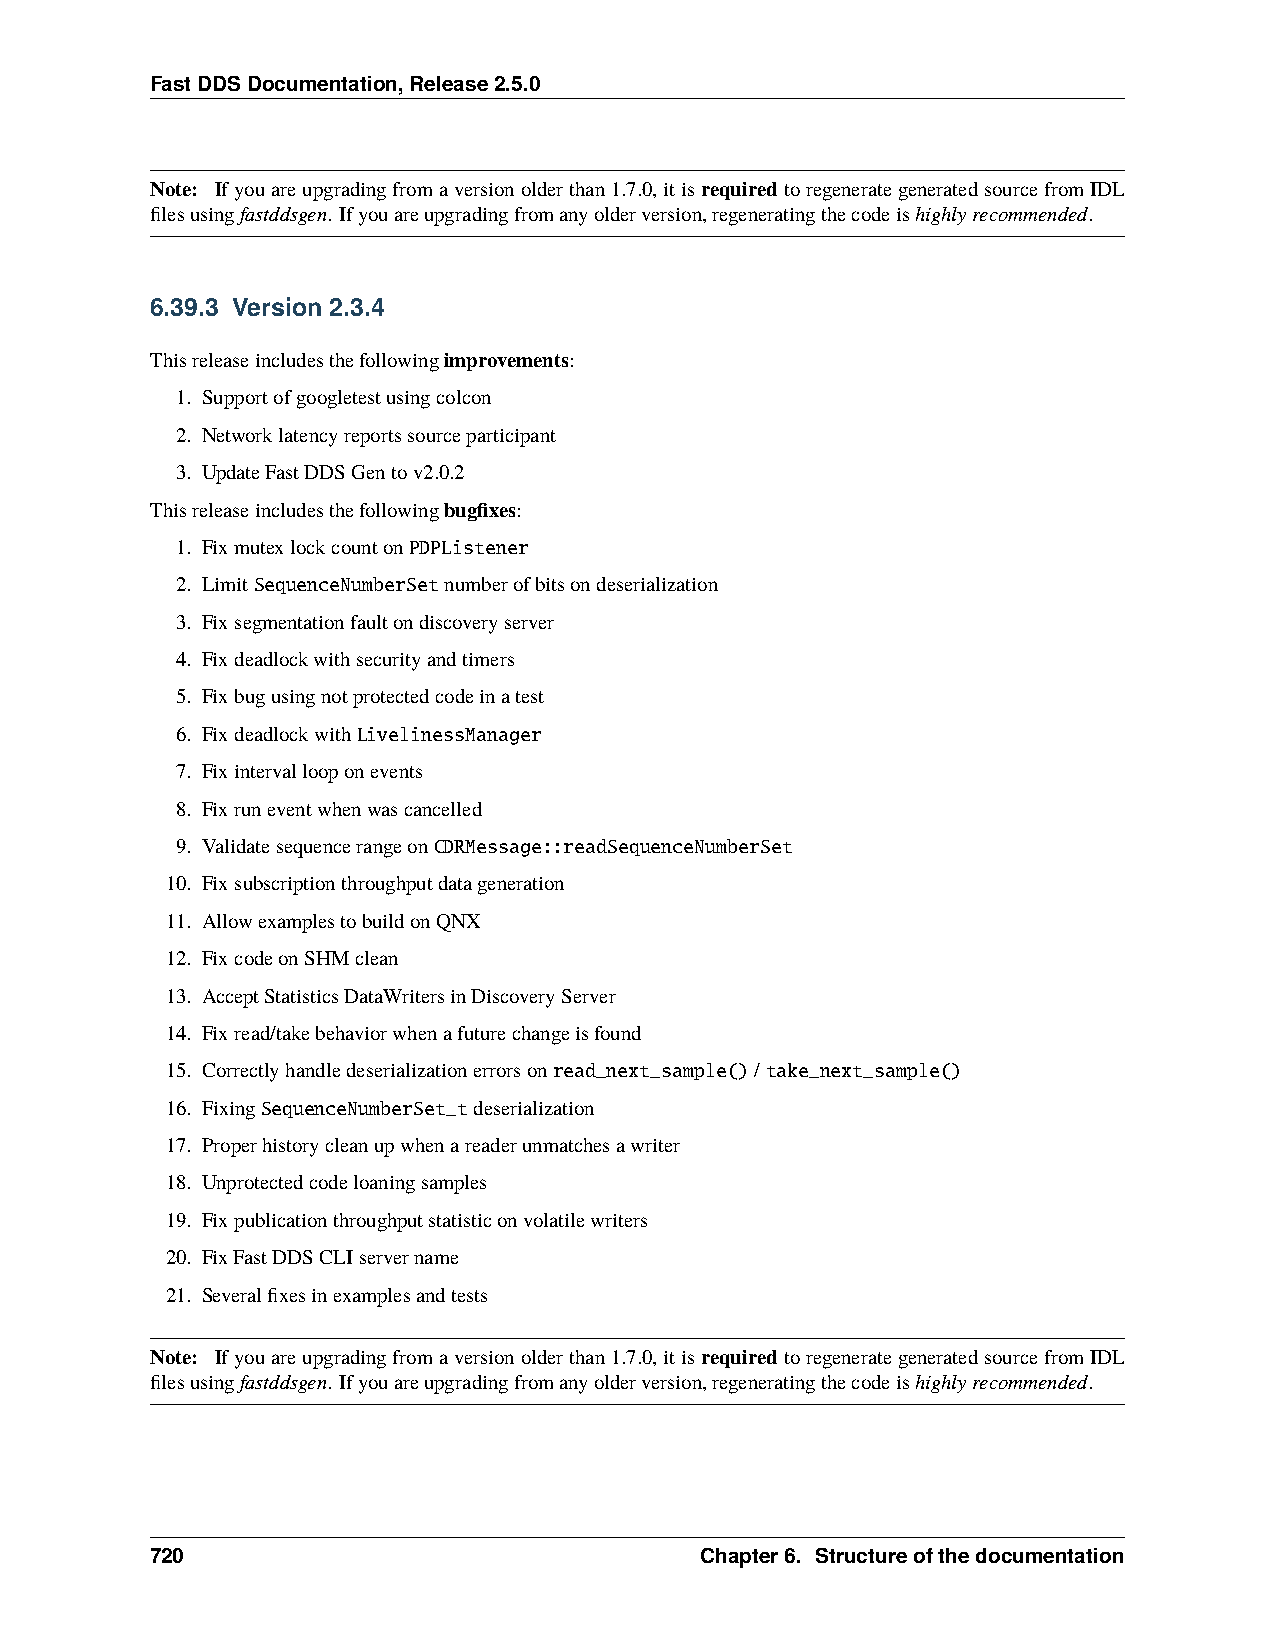
FastDDSDocumentation,Release2.5.0
 Note: Ifyouareupgradingfromaversionolderthan1.7.0,itisrequiredtoregenerategeneratedsourcefromIDL
 filesusingfastddsgen. Ifyouareupgradingfromanyolderversion,regeneratingthecodeishighlyrecommended.
 6.39.3 Version 2.3.4
 Thisreleaseincludesthefollowingimprovements:
 1. Supportofgoogletestusingcolcon
 2. Networklatencyreportssourceparticipant
 3. UpdateFastDDSGentov2.0.2
 Thisreleaseincludesthefollowingbugfixes:
 1. FixmutexlockcountonPDPListener
 2. LimitSequenceNumberSetnumberofbitsondeserialization
 3. Fixsegmentationfaultondiscoveryserver
 4. Fixdeadlockwithsecurityandtimers
 5. Fixbugusingnotprotectedcodeinatest
 6. FixdeadlockwithLivelinessManager
 7. Fixintervallooponevents
 8. Fixruneventwhenwascancelled
 9. ValidatesequencerangeonCDRMessage::readSequenceNumberSet
 10. Fixsubscriptionthroughputdatageneration
 11. AllowexamplestobuildonQNX
 12. FixcodeonSHMclean
 13. AcceptStatisticsDataWritersinDiscoveryServer
 14. Fixread/takebehaviorwhenafuturechangeisfound
 15. Correctlyhandledeserializationerrorsonread_next_sample()/take_next_sample()
 16. FixingSequenceNumberSet_tdeserialization
 17. Properhistorycleanupwhenareaderunmatchesawriter
 18. Unprotectedcodeloaningsamples
 19. Fixpublicationthroughputstatisticonvolatilewriters
 20. FixFastDDSCLIservername
 21. Severalfixesinexamplesandtests
 Note: Ifyouareupgradingfromaversionolderthan1.7.0,itisrequiredtoregenerategeneratedsourcefromIDL
 filesusingfastddsgen. Ifyouareupgradingfromanyolderversion,regeneratingthecodeishighlyrecommended.
 720                                 Chapter6. Structureofthedocumentation